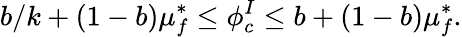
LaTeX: b/k+(1-b)\mu_{f}^{*}\leq\phi_{c}^{I}\leq b+(1-b)\mu_{f}^{*}.